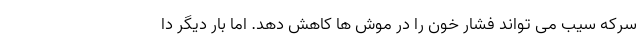
سرکه سیب می تواند فشار خون را در موش ها کاهش دهد. اما بار دیگر دا